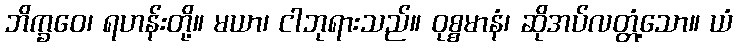
ဘိက္ခဝေ၊ ရဟန်းတို့။ မယာ၊ ငါဘုရားသည်။ ဝုစ္စမာနံ၊ ဆိုအပ်လတ္တံ့သော။ ယံ